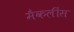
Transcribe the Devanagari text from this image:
मैकलींस